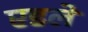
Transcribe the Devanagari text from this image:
एडले